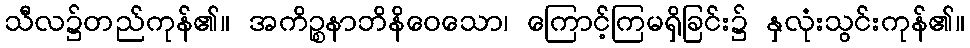
သီလ၌တည်ကုန်၏။ အကိဉ္စနာဘိနိဝေသော၊ ကြောင့်ကြမရှိခြင်း၌ နှလုံးသွင်းကုန်၏။